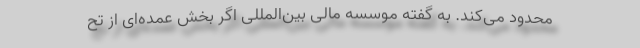
محدود می‌کند. به گفته موسسه مالی بین‌المللی اگر بخش عمده‌ای از تح